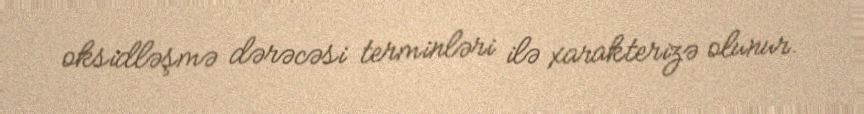
oksidləşmə dərəcəsi terminləri ilə xarakterizə olunur.